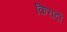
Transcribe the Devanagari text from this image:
किरादों